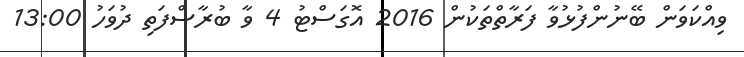
ވިއްކަވަން ބޭނުންފުޅުވާ ފަރާތްތަކުން 2016 އޮގަސްޓު 4 ވާ ބުރާސްފަތި ދުވަހު 13:00